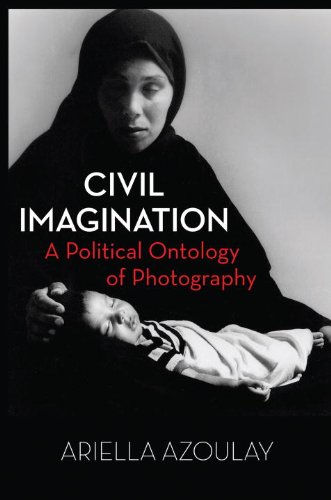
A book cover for Civil Imagination: A Political Ontology of Photography; Ariella Azoulay; Arts & Photography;